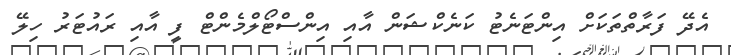
އެދޭ ފަރާތްތަކަށް އިންޓަނެޓު ކަނެކްޝަން އާއި އިންސްޓޯލްމެންޓް ފީ އާއި ރައުޓަރު ހިލޭ